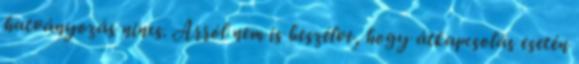
hatványozás nincs. Arról nem is beszélve, hogy átkapcsolás esetén